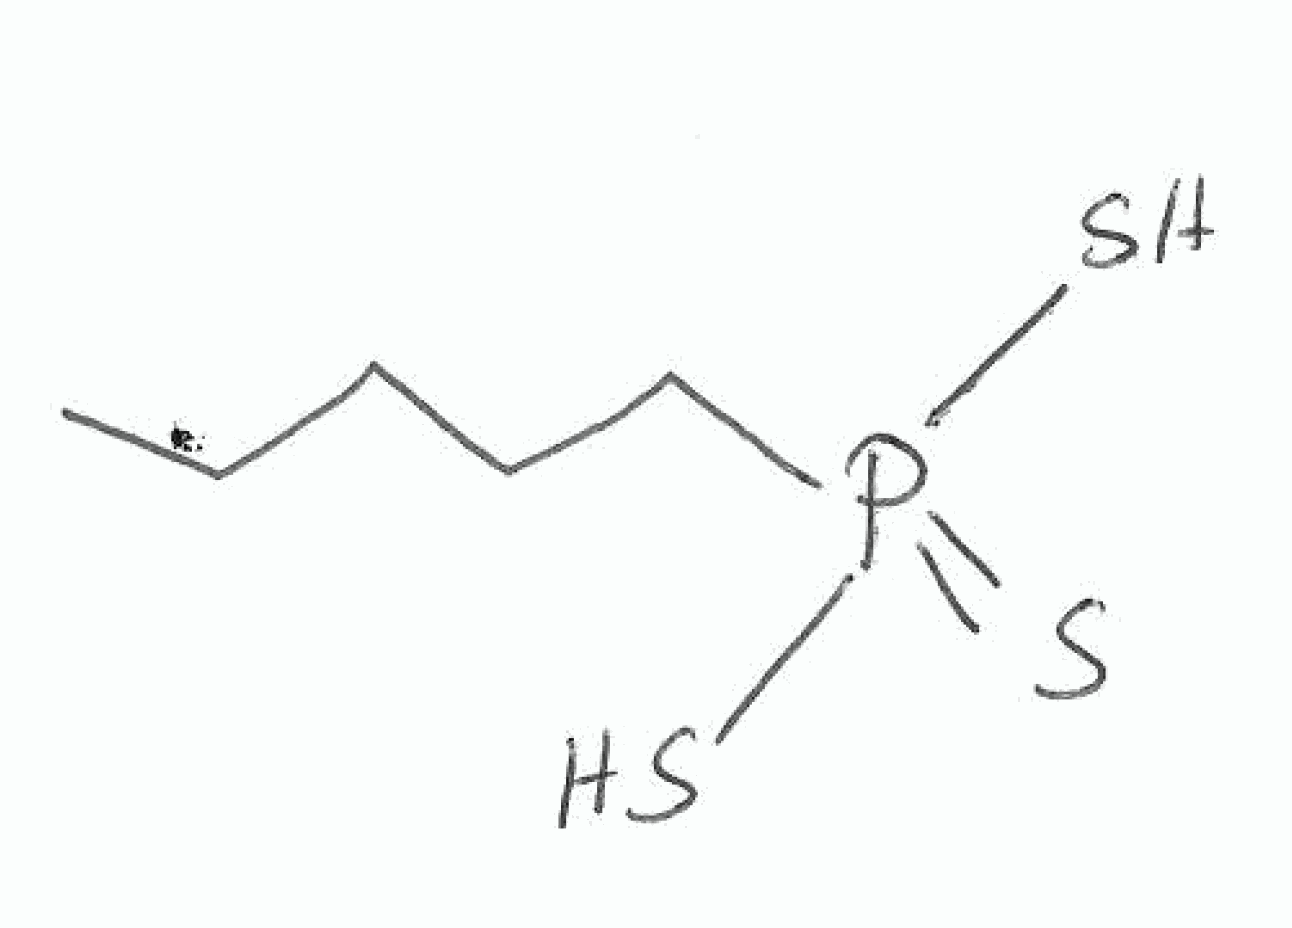
Simplified molecular-input line-entry system (SMILES) notation of the given molecule:
CCCCCP(=S)(S)S